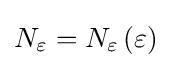
N_{\varepsilon }=N_{\varepsilon }\left(\varepsilon \right)